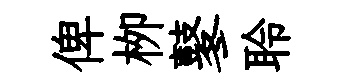
俾栁鼕聆